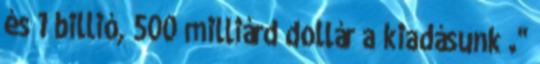
és 1 billió, 500 milliárd dollár a kiadásunk ."